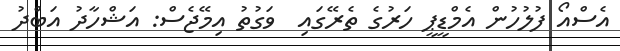
އެސްއޯ ފުލުހުން އެމްޑީޕީ ހަރުގެ ތެރޭގައި  ވަގުތު އިމޭޖެސް: އަޝްހާދު އަބްދު